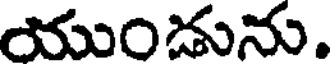
యుండును.